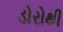
ડોરોથી